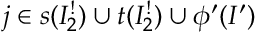
j \in s ( I _ { 2 } ^ { ! } ) \cup t ( I _ { 2 } ^ { ! } ) \cup \phi ^ { \prime } ( I ^ { \prime } )